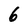
Character: 6